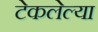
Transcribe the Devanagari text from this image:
टेकलेल्या